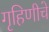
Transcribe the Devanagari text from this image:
गृहिणीचे